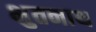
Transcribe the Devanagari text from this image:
भुतनाथ